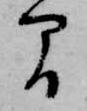
間